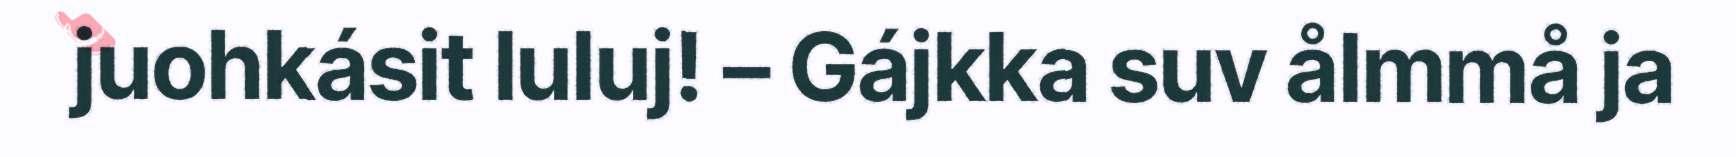
juohkásit luluj! – Gájkka suv ålmmå ja